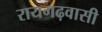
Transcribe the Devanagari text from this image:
रायगढ़वासी